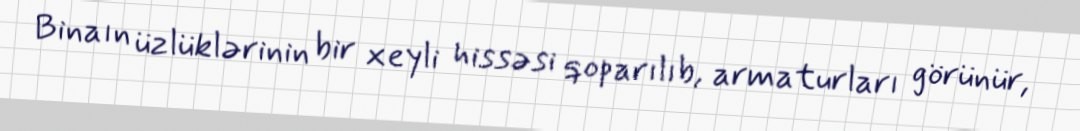
Binaın üzlüklərinin bir xeyli hissəsi qoparılıb, armaturları görünür,